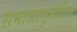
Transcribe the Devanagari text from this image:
समाजानुमोदित